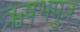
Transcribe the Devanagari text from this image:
ऋषभपुत्र